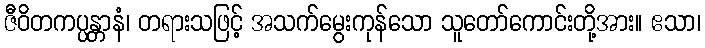
ဇီဝိတကပ္ပန္တာနံ၊ တရားသဖြင့် အသက်မွေးကုန်သော သူတော်ကောင်းတို့အား။ ဧသာ၊